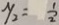
y _ { 2 } = \frac { 1 } { 2 }